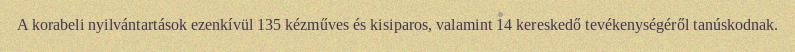
A korabeli nyilvántartások ezenkívül 135 kézműves és kisiparos, valamint 14 kereskedő tevékenységéről tanúskodnak.